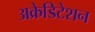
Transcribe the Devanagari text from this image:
अक्रेडिटेशन